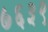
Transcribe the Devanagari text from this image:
७६३९